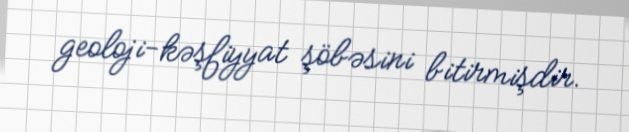
geoloji-kəşfiyyat şöbəsini bitirmişdir.